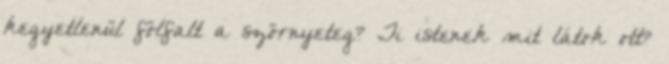
kegyetlenül fölfalt a szörnyeteg? Ti istenek mit látok ott?